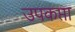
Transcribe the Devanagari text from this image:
उपकप्ता